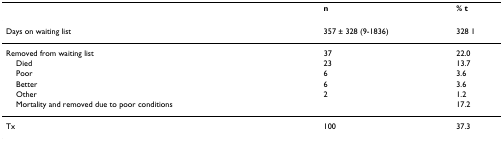
|  | n | % t |
 | --- | --- | --- |
 | Days on waiting list | 357 ± 328 (9-1836) | 328 1 |
 | Removed from waiting list | 37 | 22.0 |
 | Died | 23 | 13.7 |
 | Poor | 6 | 3.6 |
 | Better | 6 | 3.6 |
 | Other | 2 | 1.2 |
 | Mortality and removed due to poor conditions |  | 17.2 |
 | Tx | 100 | 37.3 |